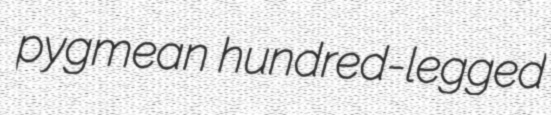
pygmean hundred-legged